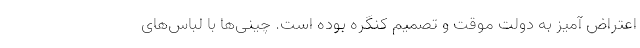
اعتراض آمیز به دولت موقت و تصمیم کنگره بوده است. چینی‌ها با لباس‌های